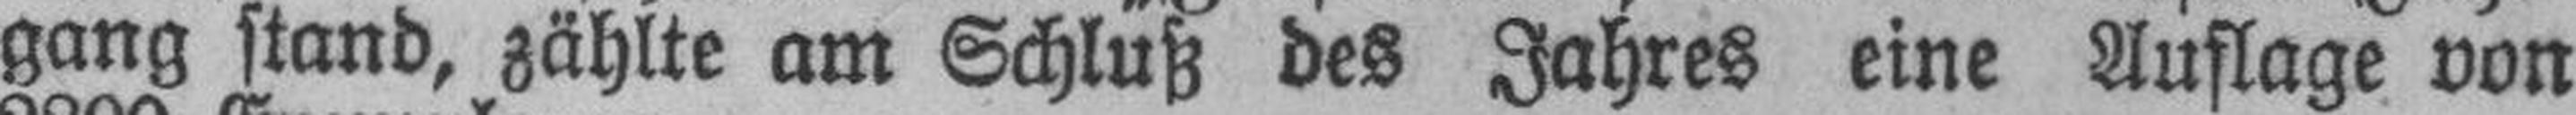
gang stand, zählte am Schluß des Jahres eine Auflage von